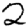
Digit: 2